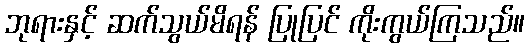
ဘုရားနှင့် ဆက်သွယ်မိရန် ပြုပြင် ကိုးကွယ်ကြသည်။